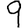
Digit: 9